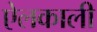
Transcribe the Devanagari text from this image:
ऐलकाली